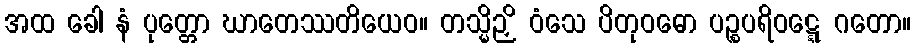
အထ ခေါ နံ ပုတ္တော ဃာတေဿတိယေဝ။ တသ္မိဉှိ ဝံသေ ပိတုဝဓော ပဉ္စပရိဝဋ္ဋေ ဂတော။